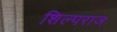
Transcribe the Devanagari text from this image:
शिल्पराज